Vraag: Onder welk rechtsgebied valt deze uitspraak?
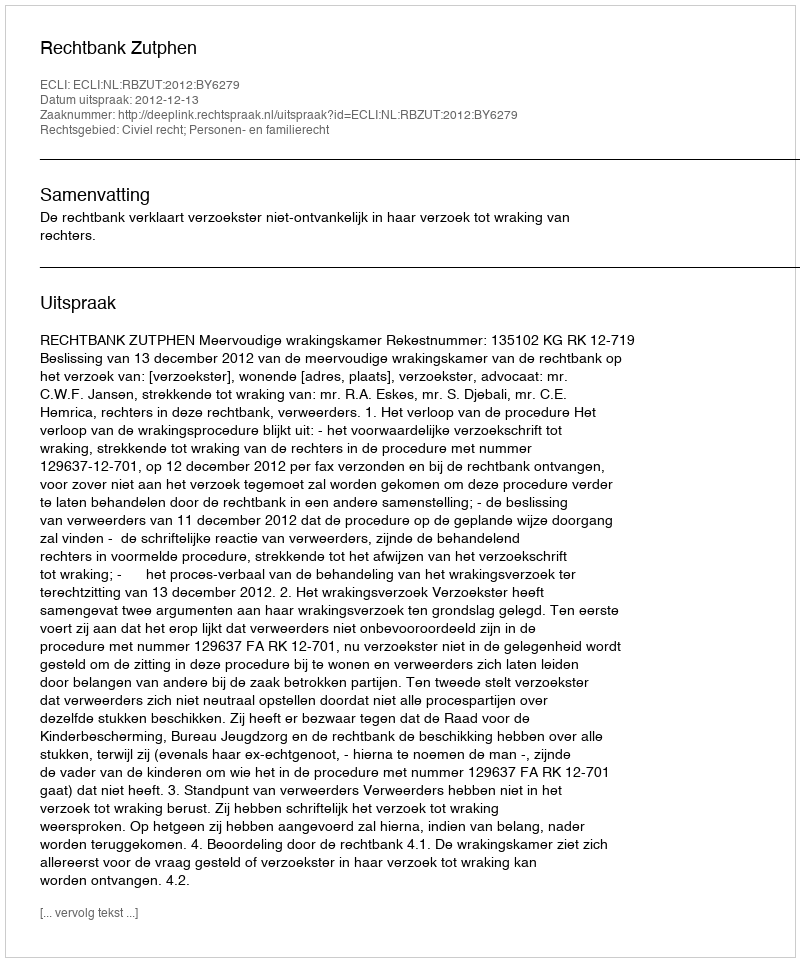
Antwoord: Civiel recht; Personen- en familierecht